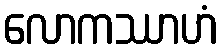
လောကဿာဟံ